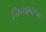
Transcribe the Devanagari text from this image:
जिन्यावरून